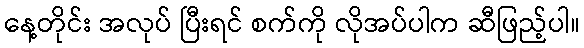
နေ့တိုင်း အလုပ် ပြီးရင် စက်ကို လိုအပ်ပါက ဆီဖြည့်ပါ။